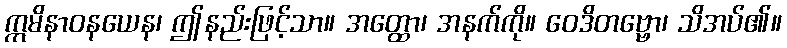
ဣမိနာဝနယေန၊ ဤနည်းဖြင့်သာ။ အတ္ထော၊ အနက်ကို။ ဝေဒိတဗ္ဗော၊ သိအပ်၏။